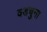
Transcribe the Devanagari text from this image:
वडचुना